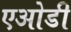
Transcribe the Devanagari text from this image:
एओडी